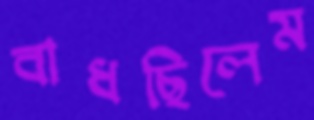
বাধছিলেম